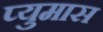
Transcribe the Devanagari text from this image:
प्युमास